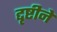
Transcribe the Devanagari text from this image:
द्दृष्टीने